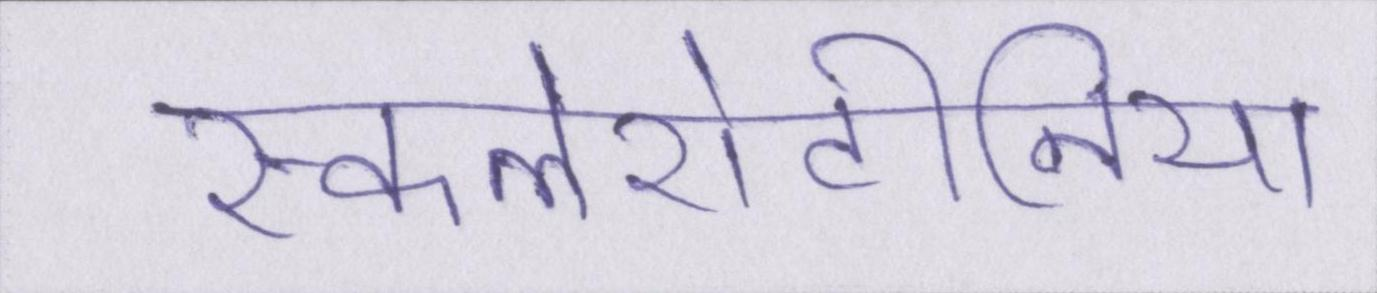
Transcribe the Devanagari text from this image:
स्कलेरोटीनिया